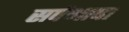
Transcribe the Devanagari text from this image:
सर्पभाषा